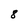
Character: 8